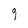
Character: g